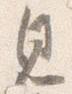
見